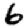
Digit: 6